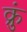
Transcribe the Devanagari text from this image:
क्रुं